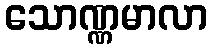
သောဏ္ဏမာလာ